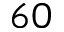
6 0